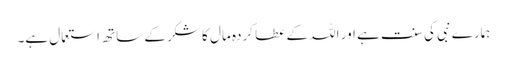
ہمارے نبی کی سنت ہے اور اللہ کے عطا کردہ مال کا شکر کے ساتھ استعمال ہے۔